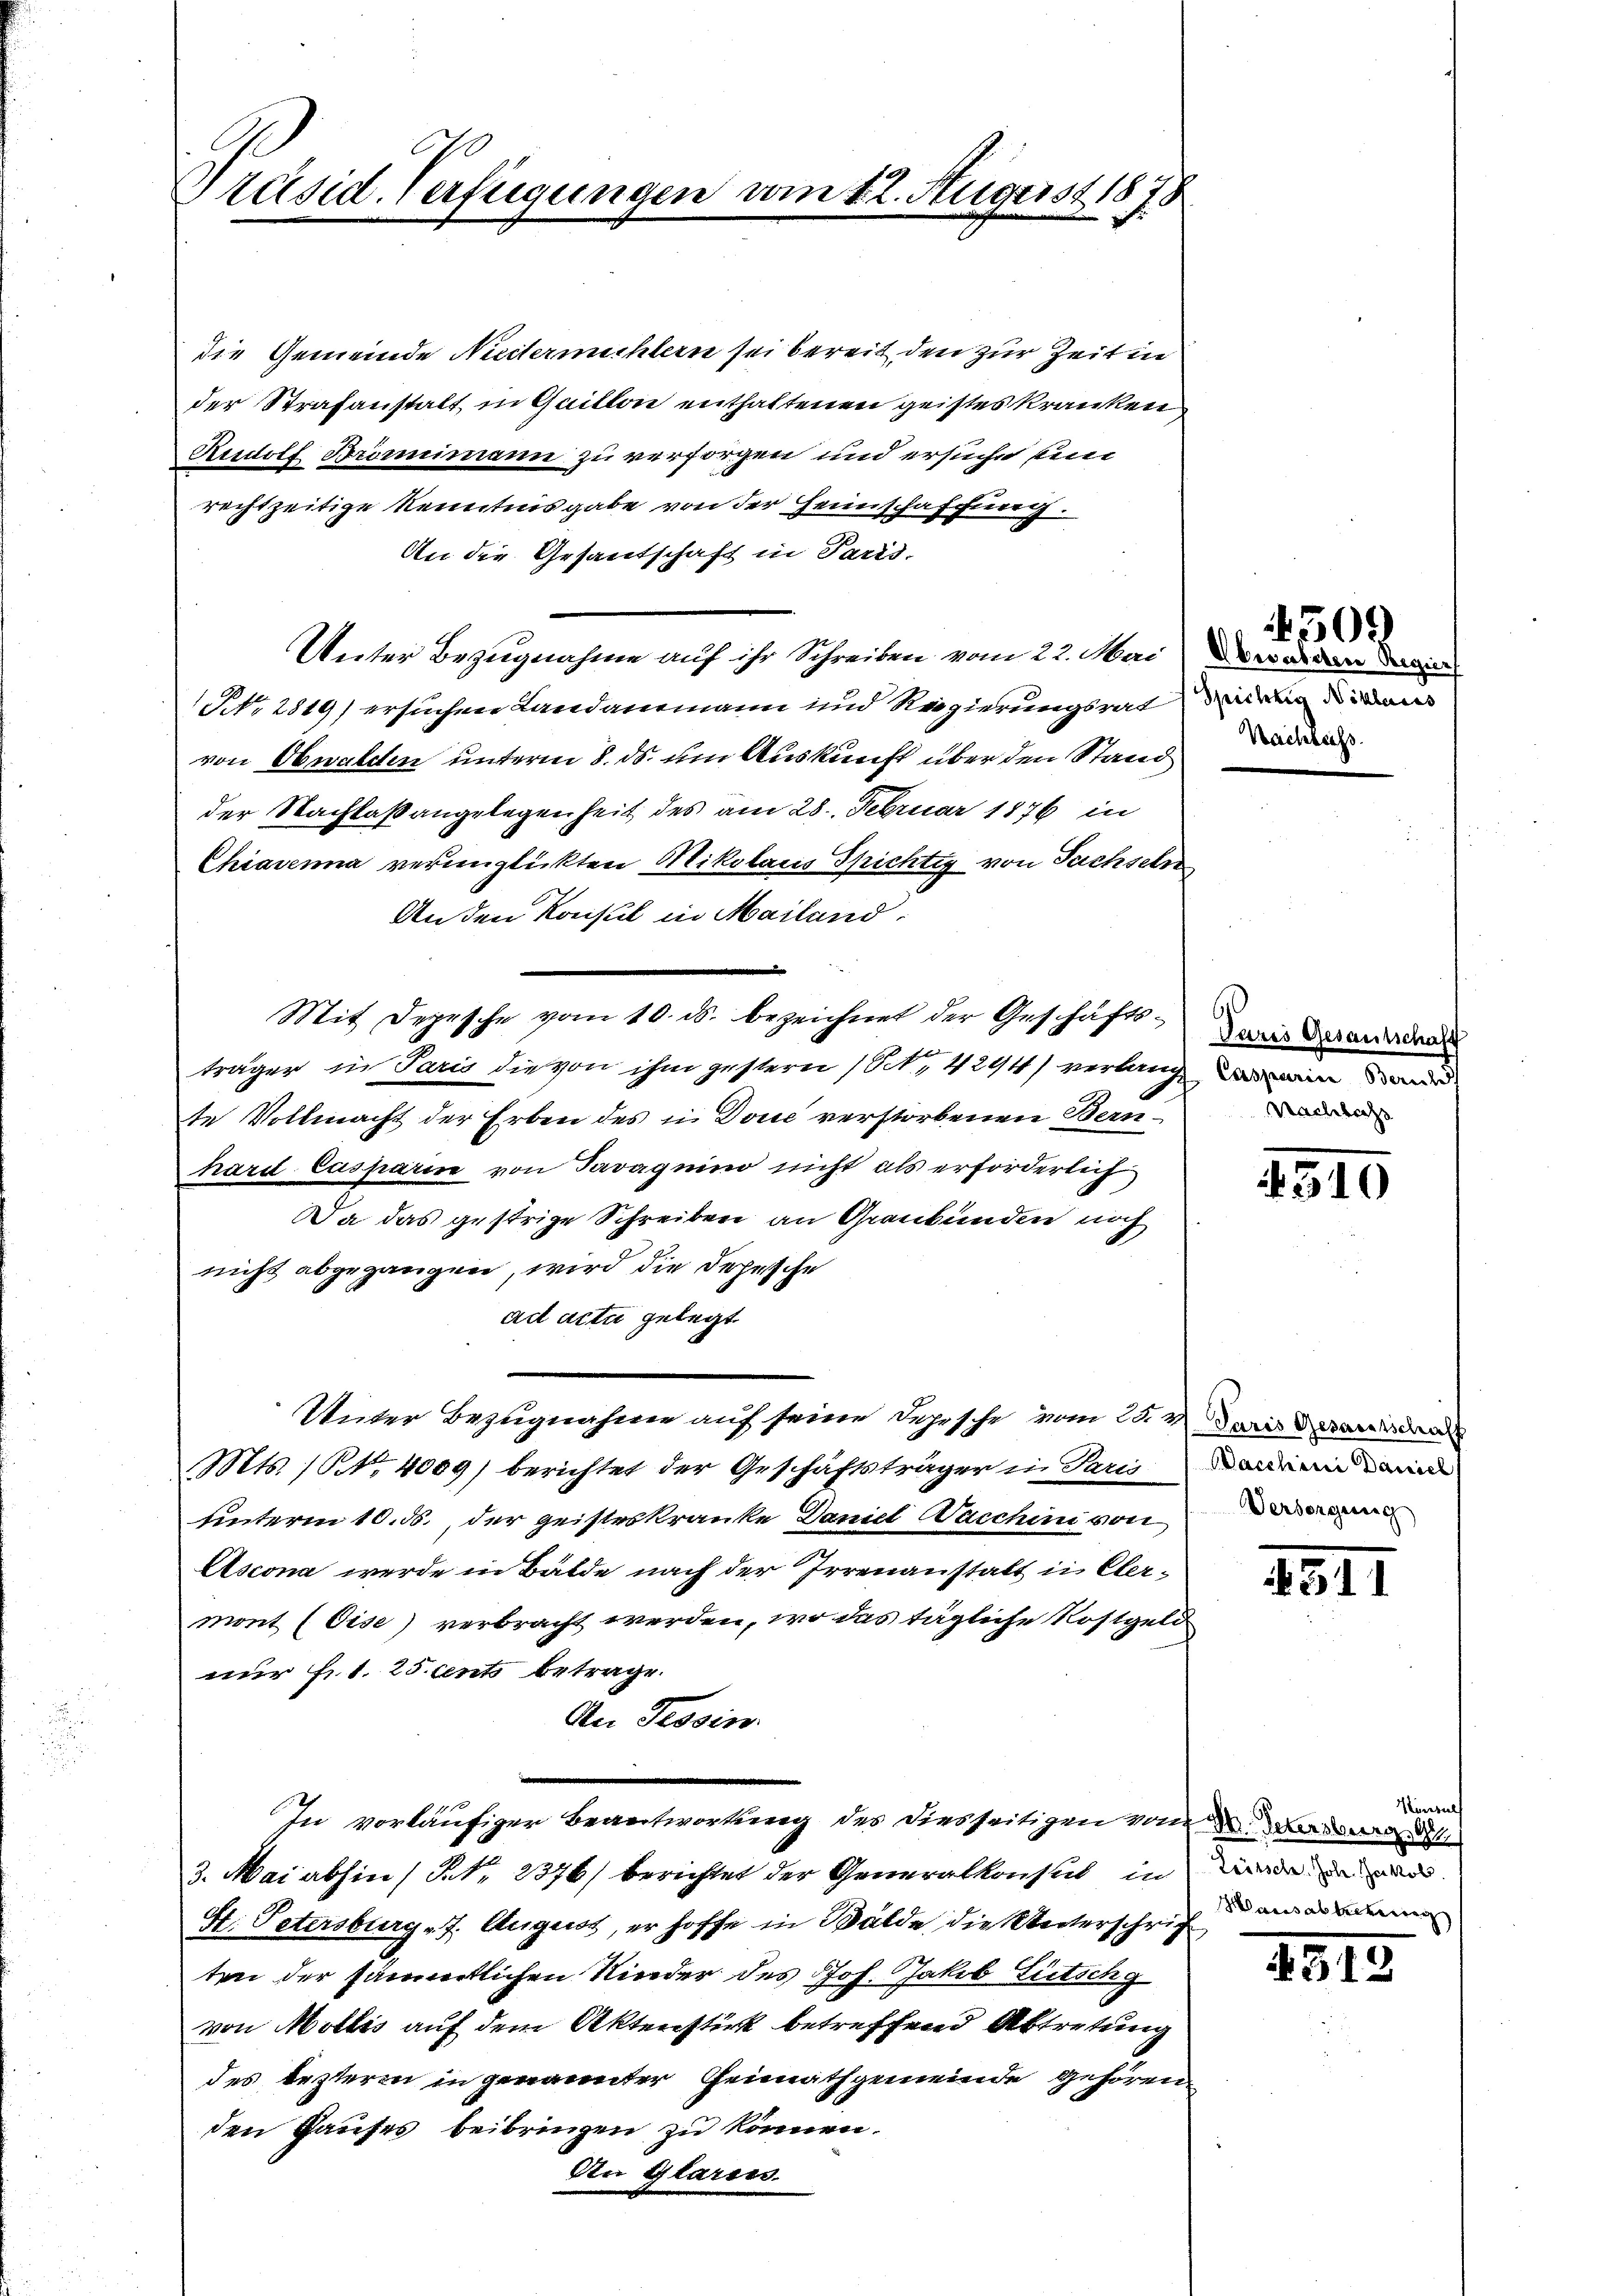
Präsid. Verfügungen vom 12. August 1878

die Gemeinde Nuternichtern sei bereit den zur Zeit in
der Strafanstalt in Quitton enthaltenen geistes kranken
Rudolf Brömmimann zu versorgen und ersuche ein
rechtzeitige Kenntnisgabe von der Heimschaffung.
An die Gesantschaft in Paris,
Unter Bezugnahme auf ihr Schreiben vom 22. Mai
No. 2819) ersuchen Landammann und Regierungsrat eine
von Obwalden unterm 8. ds. um Auskunft über den Stand
der Nachlaßangelegenheit des am 28. Februar 1876 in
Chiavenna verunglickten Mikolaus Spichtig von Sachseln
An den Konsul in Mailand,
träger in Paris die von ihm gestern (S. 4244) verlang, da in
te Vollmacht der Erben des in Done verstorbenen Bern-
hard Casparin von Javaquino nicht als erforderlich
Da das gestrige Schreiben an Grankunden noch
nicht abgegangen, wird die Depesche
ad acta gelegt
Unter Bezugnahme auf seine Dahische vom 25. Jan
Mts. (NNo. 4009) berichtet der Geschäftsträger in Parisation ein
unterm 10. ds., der geisteskranke Daniel Waschini von
Ascona werde in Bälde nach der Irrenanstalt in Elermont (Gise) verbracht werden, wo das tägliche Rostgeld
nur fert. 25. cents betrage.
An Tessin
In vorläufiger Beantwortung des Diesseitigen von der Dir d
3. Mai abhin / NNo. 2376) berichtet der Generalkonseit in werde in d
St. Petersburg - 7. August, er hoffe in Bälde die Unterschrift damandamen
ten der sämmtlichen Nieder des Joh. Jakob Litschg
von Mollis auf dem Aktenstück betreffend Abtretung
des Lezteren in genannter Heimathgemeinde gehören
den Hauses beibringen zu können.
An Glaren.

Mit Depesche vom 10. ds. bezeichnet der Geschäfts-wie anden

509
Obwäschen Regii
Nachlass

n

510

231

Konsulf

1815.